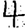
Digit: 4